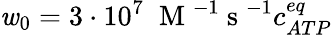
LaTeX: \mathit{w}_{0}=3\cdot10^{7}\; \mathrm{{~M~}}^{-1}\mathrm{{~s~}}^{-1}c_{ATP}^{eq}